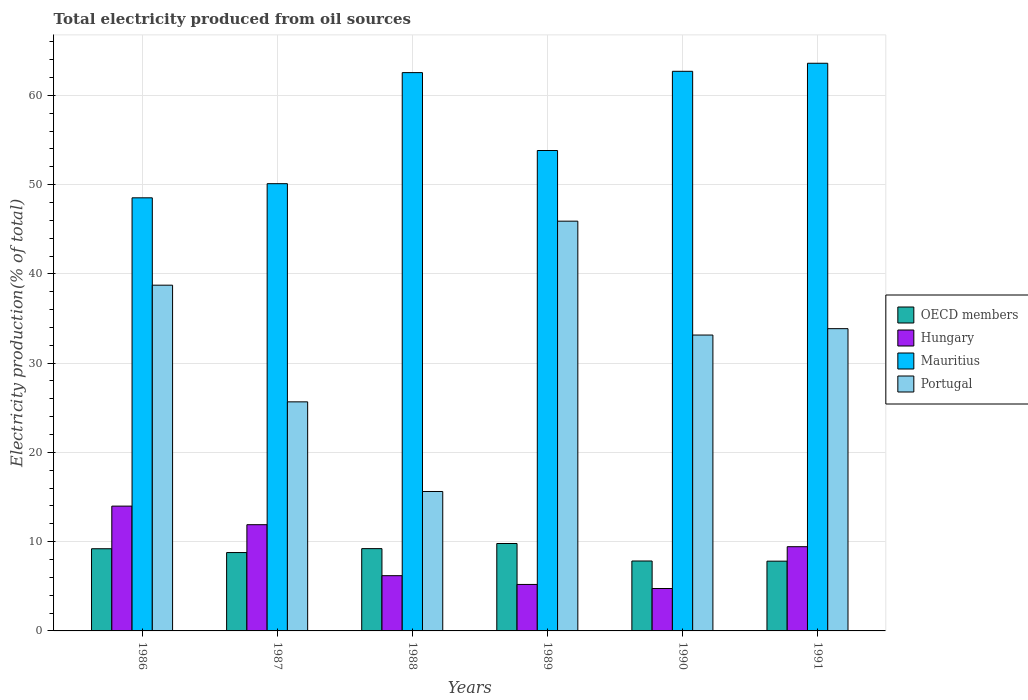
| Years | OECD members | Hungary | Mauritius | Portugal |
 | --- | --- | --- | --- | --- |
 | 1986 | 9.21 | 14 | 48.5 | 38.7 |
 | 1987 | 8.78 | 11.9 | 50.1 | 25.7 |
 | 1988 | 9.22 | 6.19 | 62.5 | 15.6 |
 | 1989 | 9.79 | 5.21 | 53.8 | 45.9 |
 | 1990 | 7.83 | 4.75 | 62.7 | 33.1 |
 | 1991 | 7.82 | 9.43 | 63.6 | 33.9 |